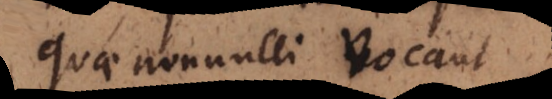
quae nonnulli vocant